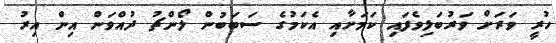
ހުރީ ވަރަށް ވަރުބަލިވެފައި ކަމަށާއި އެކަމުގެ ސަބަބުން ލޯންޗު ދުއްވަން އިން އިރު